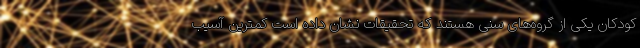
کودکان یکی از گروه‌های سنی هستند که تحقیقات نشان داده است کمترین آسیب